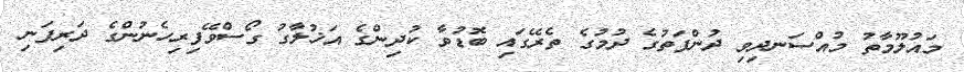
މައުލޫމާތު މުއްސަނދިވި ދުންފަތުގެ ދުމުގެ ތެރޭގައި ބޮޑުވާ ކުދިންގެ އަޚުލާގު ގޯސްވޭފިރިހެނުންގެ ދަރިފަނި